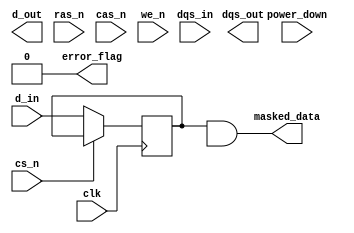
module lpddr5_io_block #(
    parameter DATA_WIDTH = 16, // Can be 4, 8, or 16
    parameter DATA_RATE = 6400 // Maximum data rate in MT/s
)(
    // Interface Signals
    input  wire [DATA_WIDTH-1:0] d_in,         // Data input
    output wire [DATA_WIDTH-1:0] d_out,        // Data output
    input  wire dqs_in,                         // Data Strobe input
    output wire dqs_out,                        // Data Strobe output
    input  wire cs_n,                           // Chip Select (active low)
    input  wire ras_n,                          // Row Address Strobe (active low)
    input  wire cas_n,                          // Column Address Strobe (active low)
    input  wire we_n,                           // Write Enable (active low)
    input  wire clk,                            // Clock input
    input  wire power_down,                     // Power down signal
    output wire error_flag,                     // Error flag for ECC
    output wire [DATA_WIDTH-1:0] masked_data   // Data after masking
);

    // Internal Signals
    reg [DATA_WIDTH-1:0] data_buffer;           // Buffer for data storage
    reg [DATA_WIDTH-1:0] data_mask;             // Data mask register
    reg [DATA_WIDTH-1:0] output_buffer;         // Buffer for output data
    wire calibration_done;                       // Calibration status

    // Power Management Logic
    always @(posedge clk or negedge power_down) begin
        if (!power_down) begin
            // Enter sleep mode logic
        end else begin
            // Active mode logic
        end
    end

    // Input Buffer
    always @(posedge clk) begin
        if (!cs_n) begin
            data_buffer <= d_in; // Latch data on Chip Select
        end
    end

    // Output Buffer
    always @(posedge clk) begin
        if (!we_n) begin
            output_buffer <= data_buffer; // Drive output on Write Enable
        end
    end

    // Data Masking Logic
    assign masked_data = data_buffer & data_mask;

    // Control Logic (simple example of state machine)
    reg [1:0] state;
    localparam IDLE = 2'b00, READ = 2'b01, WRITE = 2'b10;

    always @(posedge clk) begin
        case (state)
            IDLE: begin
                if (!ras_n) state <= READ; // Start read operation
                else if (!we_n) state <= WRITE; // Start write operation
            end
            READ: begin
                // Read operation logic here
                state <= IDLE; // Return to idle
            end
            WRITE: begin
                // Write operation logic here
                state <= IDLE; // Return to idle
            end
        endcase
    end

    // ECC Error Flag Logic (placeholder)
    assign error_flag = 1'b0; // Connect to actual ECC logic

    // Calibration Logic (placeholder)
    // Implement calibration logic as per requirements

endmodule